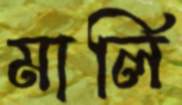
মার্লি